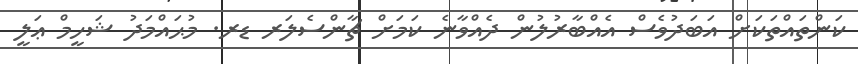
ކަންތައްތަކަށް އަަބަދުވެސް އެއްބާރުލުން ދެއްވާނެ ކަމަށް ޗާންސެލަރ ޑރ. މުޙައްމަދު ޝަހީމް ޢަލީ